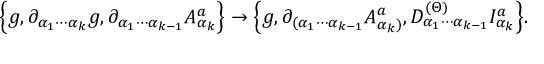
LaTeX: \Big \{ g , \partial _ { \alpha _ { 1 } \cdots \alpha _ { k } } g , \partial _ { \alpha _ { 1 } \cdots \alpha _ { k - 1 } } A _ { \alpha _ { k } } ^ { a } \Big \} \rightarrow \Big \{ g , \partial _ { ( \alpha _ { 1 } \cdots \alpha _ { k - 1 } } A _ { \alpha _ { k } ) } ^ { a } , D _ { \alpha _ { 1 } \cdots \alpha _ { k - 1 } } ^ { ( \Theta ) } I _ { \alpha _ { k } } ^ { a } \Big \} .